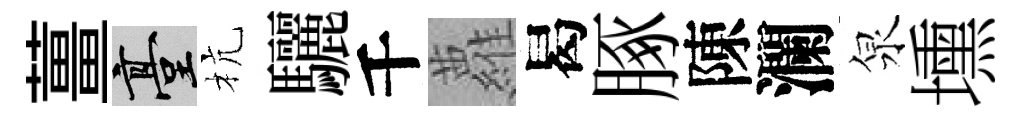
薑臺杭驪千蘿曷䐁陳瀾泉壎